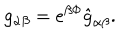
g _ { \alpha \beta } = e ^ { \beta \Phi } \hat { g } _ { \alpha \beta } .